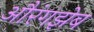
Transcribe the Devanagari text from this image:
औरंगझेब